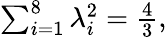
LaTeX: \begin{array}{r}{\sum_{i=1}^{8}\lambda_{i}^{2}=\frac{4}{3},}\end{array}